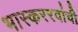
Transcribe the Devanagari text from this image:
भास्कररवांची